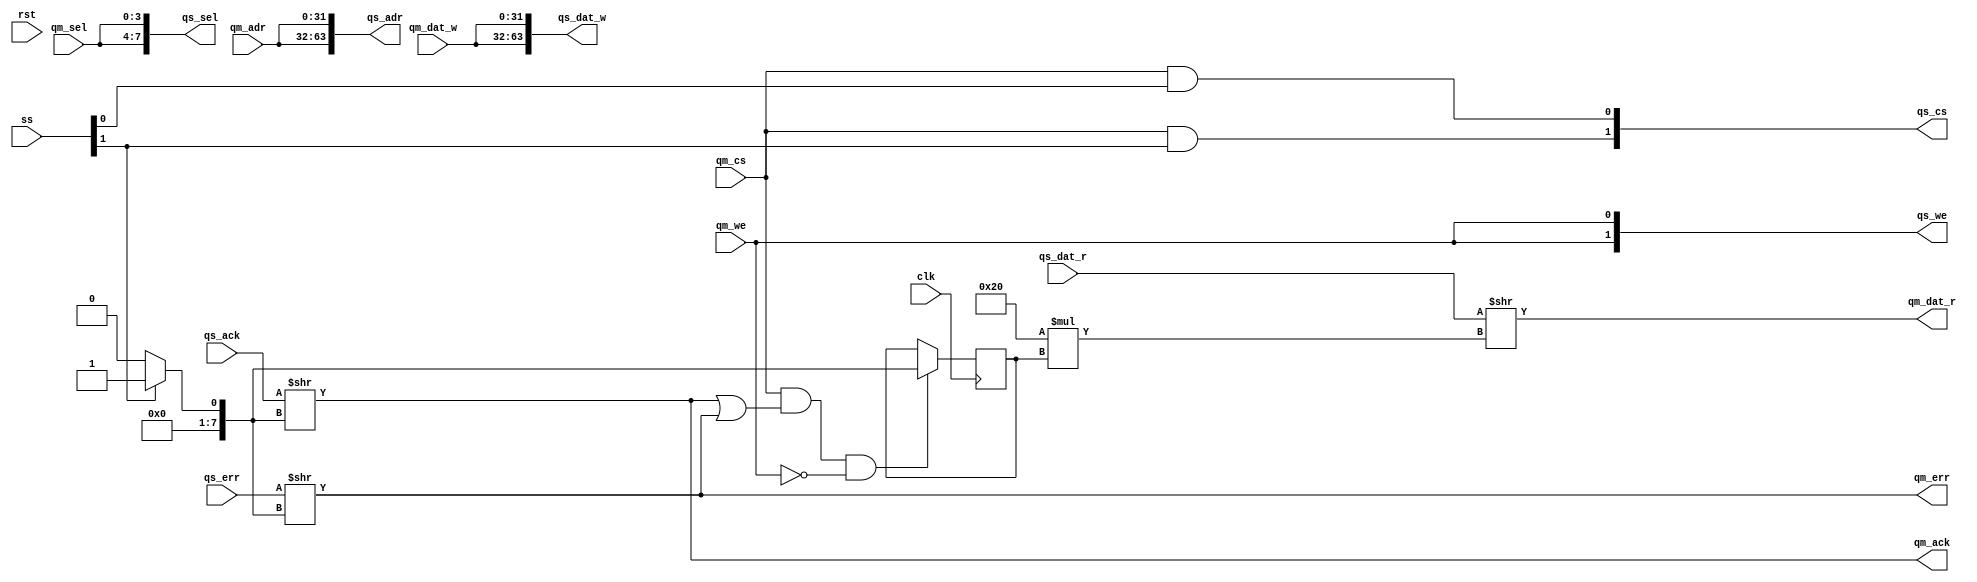
// This program was cloned from: https://github.com/rkrajnc/minimig-de1
// License: GNU General Public License v3.0

/* qmem_decoder.v */

module qmem_decoder #(
  parameter QAW = 32,     // address width
  parameter QDW = 32,     // data width
  parameter QSW = QDW/8,  // byte select width
  parameter SN  = 2       // number of slaves
)(
  // system
  input  wire              clk,
  input  wire              rst,
  // slave port for requests from masters
  input  wire              qm_cs,
  input  wire              qm_we,
  input  wire    [QAW-1:0] qm_adr,
  input  wire    [QSW-1:0] qm_sel,
  input  wire    [QDW-1:0] qm_dat_w,
  output wire    [QDW-1:0] qm_dat_r,
  output wire              qm_ack,
  output wire              qm_err,
  // master port for requests to a slave
  output wire [SN    -1:0] qs_cs,
  output wire [SN    -1:0] qs_we,
  output wire [SN*QAW-1:0] qs_adr,
  output wire [SN*QSW-1:0] qs_sel,
  output wire [SN*QDW-1:0] qs_dat_w,
  input  wire [SN*QDW-1:0] qs_dat_r,
  input  wire [SN    -1:0] qs_ack,
  input  wire [SN    -1:0] qs_err,
  // one hot slave select signal
  input  wire [SN    -1:0] ss
);


// this code is written for up to 8 slaves
wire [7:0] ss_a;
reg  [7:0] ss_r;

generate if (SN == 1) assign ss_a =                                                         0; endgenerate
generate if (SN == 2) assign ss_a =                                                 ss[1]?1:0; endgenerate
generate if (SN == 3) assign ss_a =                                         ss[2]?2:ss[1]?1:0; endgenerate
generate if (SN == 4) assign ss_a =                                 ss[3]?3:ss[2]?2:ss[1]?1:0; endgenerate
generate if (SN == 5) assign ss_a =                         ss[4]?4:ss[3]?3:ss[2]?2:ss[1]?1:0; endgenerate
generate if (SN == 6) assign ss_a =                 ss[5]?5:ss[4]?4:ss[3]?3:ss[2]?2:ss[1]?1:0; endgenerate
generate if (SN == 7) assign ss_a =         ss[6]?6:ss[5]?5:ss[4]?4:ss[3]?3:ss[2]?2:ss[1]?1:0; endgenerate
generate if (SN == 8) assign ss_a = ss[7]?7:ss[6]?6:ss[5]?5:ss[4]?4:ss[3]?3:ss[2]?2:ss[1]?1:0; endgenerate

always @ (posedge clk)
if (qm_cs & (qm_ack | qm_err) & ~qm_we)  ss_r <= #1 ss_a;

genvar i;

// master port for requests to a slave
generate for (i=0; i<SN; i=i+1) begin : loop_select
  assign qs_cs    [     i                   ] = qm_cs & ss [i];
  assign qs_we    [     i                   ] = qm_we;
  assign qs_adr   [QAW*(i+1)-1:QAW*(i+1)-QAW] = qm_adr;
  assign qs_sel   [QSW*(i+1)-1:QSW*(i+1)-QSW] = qm_sel;
  assign qs_dat_w [QDW*(i+1)-1:QDW*(i+1)-QDW] = qm_dat_w;
end endgenerate

// slave port for requests from masters
assign qm_dat_r = qs_dat_r >> (QDW*ss_r);
assign qm_ack   = qs_ack   >>      ss_a ;
assign qm_err   = qs_err   >>      ss_a ;


endmodule